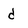
Character: d